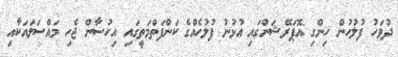
ދުވަހު ފުލުހުން ހިންގި އޮޕަރޭޝަންގައި އުޅުނު ފުލުހެއްގެ ކަންފަތްމަތީގައި އިހުސާން ޖެހި މައްސަލައަކާއި